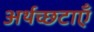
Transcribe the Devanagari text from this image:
अर्थच्छटाएँ